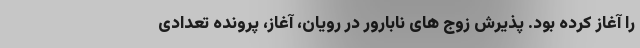
را آغاز کرده بود. پذیرش زوج های نابارور در رویان، آغاز، پرونده تعدادی